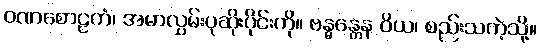
ဝဏစောဠကံ၊ အမာလွှမ်းပုဆိုးပိုင်းကို။ ဗန္ဓန္တေန ဝိယ၊ စည်းသကဲ့သို့။